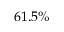
6 1 . 5 \%